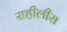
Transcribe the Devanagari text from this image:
राहीलीस